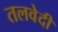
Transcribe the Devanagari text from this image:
तलवेदी